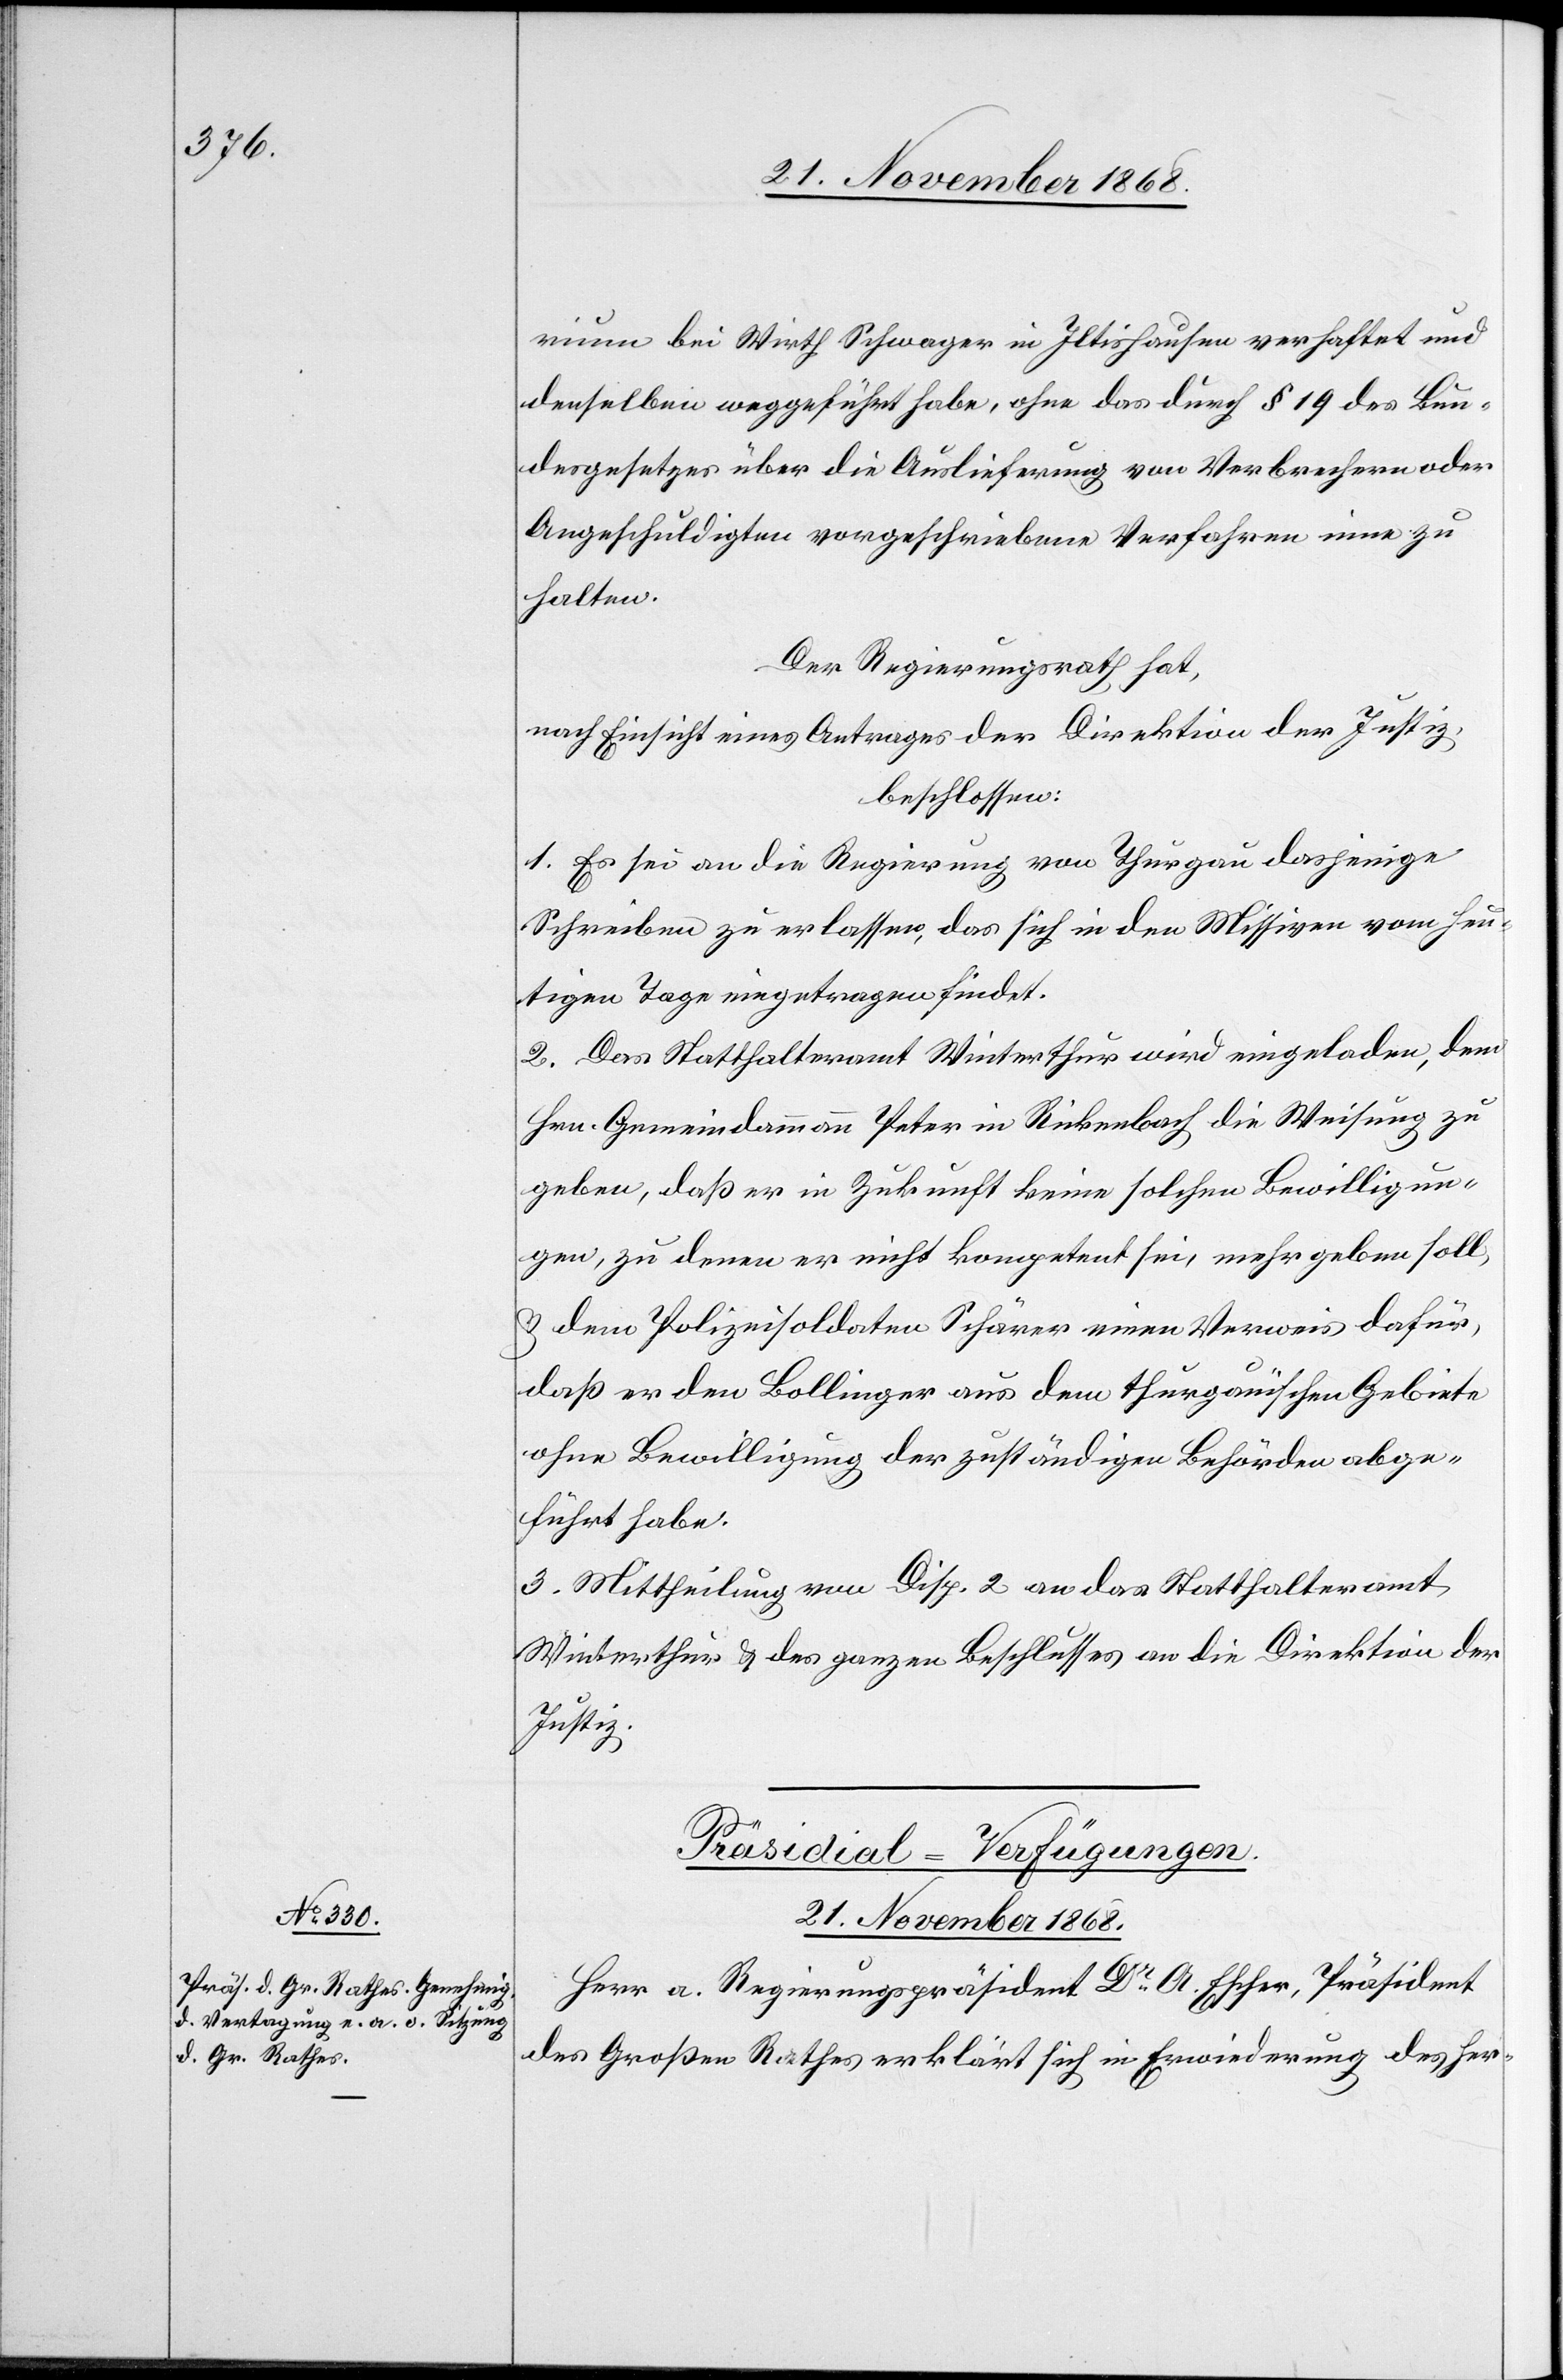
rium bei Wirth Schwager in Iltishausen verhaftet und
denselben weggeführt habe, ohne das durch § 19 des Bun¬
desgesetzes über die Auslieferung von Verbrechern oder
Angeschuldigten vorgeschriebene Verfahren inne zu
halten.
Der Regierungsrath hat,
nach Einsicht eines Antrages der Direktion der Justiz,
beschlossen:
1. Es sei an die Regierung von Thurgau dasjenige
Schreiben zu erlassen, das sich in den Missiven vom heu¬
tigen Tage eingetragen findet.
2. Das Statthalteramt Winterthur wird eingeladen, dem
Hrn. Gemeindammann Peter in Rickenbach die Weisung zu
geben, daß er in Zukunft keine solchen Bewilligun¬
gen, zu denen er nicht kompetent sei, mehr geben soll,
& dem Polizeisoldaten Schärer einen Verweis dafür,
daß er den Bollinger aus dem thurgauischen Gebiete
ohne Bewilligung der zuständigen Behörden abge¬
führt habe.
3. Mittheilung von Disp. 2 an das Statthalteramt
Winterthur & des ganzen Beschlusses an die Direktion der
Justiz.
Präsidial-Verfügungen.
21. November 1868.
Herr a. Regierungspräsident Dr A. Escher, Präsident
des Großen Rathes erklärt sich in Erwiederung des her-